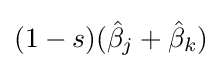
(1-s)({\hat {\beta }}_{j}+{\hat {\beta }}_{k})